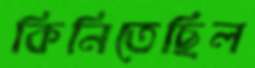
কিনিতেছিল